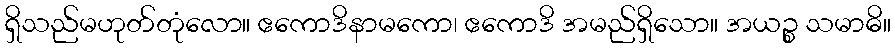
ရှိသည်မဟုတ်တုံလော။ ဧကောဒိနာမကော၊ ဧကောဒိ အမည်ရှိသော။ အယဉ္စ သမာဓိ။